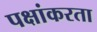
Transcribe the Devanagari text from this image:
पक्षांकरता